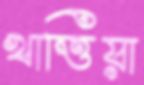
খাত্তিয়া